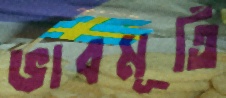
ভাবমূর্তি